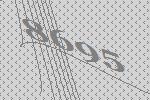
8695